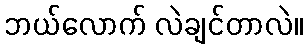
ဘယ်လောက် လဲချင်တာလဲ။